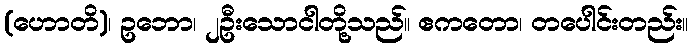
(ဟောတိ)၊ ဥဘော၊ ၂ဦးသောငါတို့သည်။ ဧကတော၊ တပေါင်းတည်း။